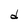
Character: d